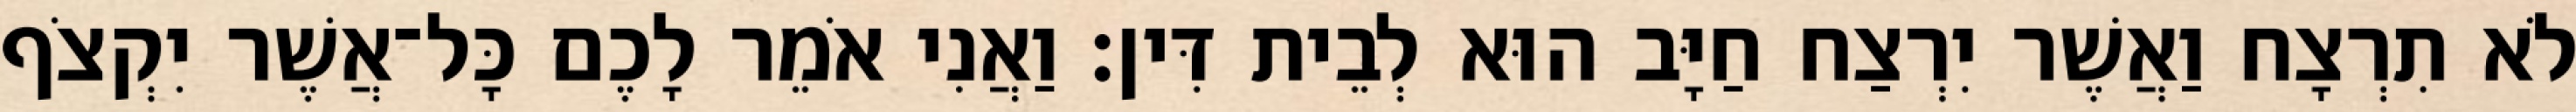
לֹא תִרְצָח וַאֲשֶׁר יִרְצַח חַיָּב הוּא לְבֵית דִּין׃ וַאֲנִי אֹמֵר לָכֶם כָּל־אֲשֶׁר יִקְצֹף